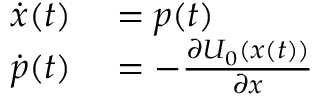
\begin{array} { r l } { \dot { \ensuremath { \boldsymbol { { x } } } } ( t ) } & { { } = { \ensuremath { \boldsymbol { p } } ( t ) } } \\ { \dot { \ensuremath { \boldsymbol { p } } } ( t ) } & { { } = - \frac { \partial U _ { 0 } ( \ensuremath { \boldsymbol { { x } } } ( t ) ) } { \partial \ensuremath { \boldsymbol { { x } } } } } \end{array}